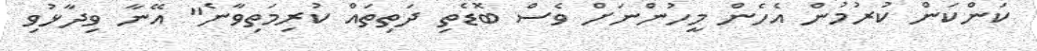
ކަންކަން ކުރުމުން އެހެން މީހުންނަށް ވެސް ބޮޑެތި ދަތިތައް ކުރިމަތިވާނެ" އޭނާ ވިދާޅުވި